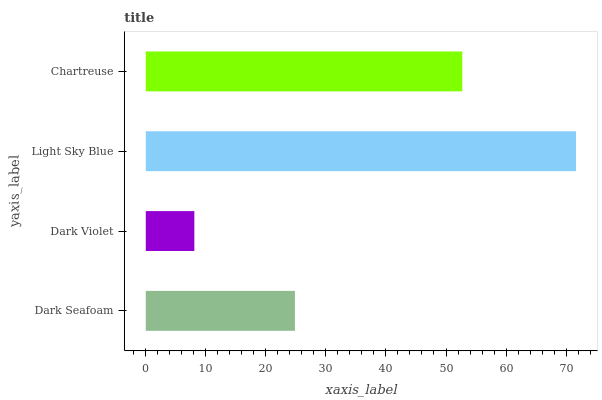
| yaxis_label | bars |
 | --- | --- |
 | Dark Seafoam | 24.8 |
 | Dark Violet | 8.09 |
 | Light Sky Blue | 71.6 |
 | Chartreuse | 52.7 |